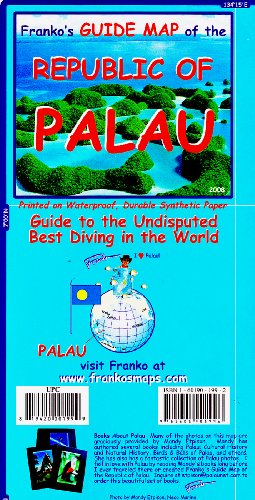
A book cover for Franko's Guide Map of the Republic of Palau; Frank Nielsen; Travel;